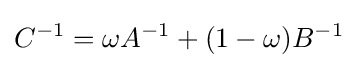
C^{-1}=\omega A^{-1}+(1-\omega )B^{-1}